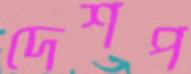
দেশপ